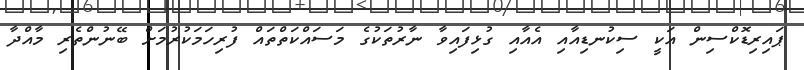
ޕައިރިޑޮކްސިން އަކީ ސިކުނޑިއާއި އެއާއި ގުޅިފައިވާ ނާރުތަކުގެ މަސައްކަތްތައް ފުރިހަމަކުރުމަށް ބޭނުންތެރި މާއްދާ